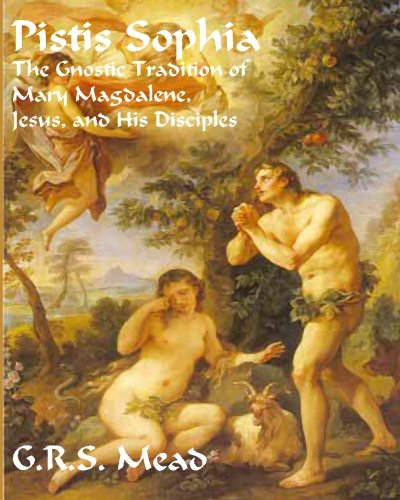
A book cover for Pistis Sophia: The Gnostic Tradition of Mary Magdalene, Jesus, and His Disciples; G.R.S. Mead; Christian Books & Bibles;